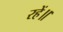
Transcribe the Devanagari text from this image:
रहें॥